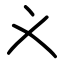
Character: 义